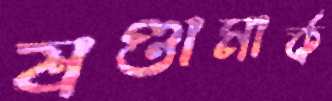
ষণ্ডামার্ক